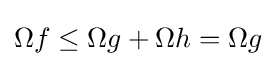
\Omega f\leq \Omega g+\Omega h=\Omega g